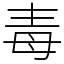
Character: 毒